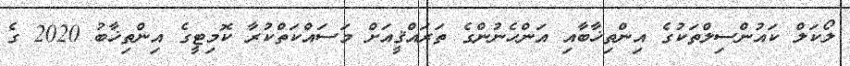
ލޯކަލް ކައުންސިލްތަކުގެ އިންތިޚާބާއި އަންހެނުންގެ ތަރައްޤީއަށް މަސައްކަތްކުރާ ކޮމިޓީގެ އިންތިޚާބު 2020 ގެ